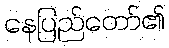
နေပြည်တော်၏